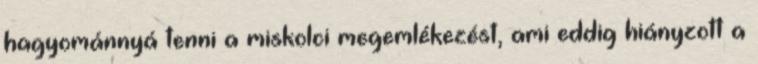
hagyománnyá tenni a miskolci megemlékezést, ami eddig hiányzott a